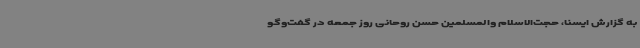
به گزارش ایسنا، حجت‌الاسلام والمسلمین حسن روحانی روز جمعه در گفت‌وگو